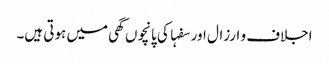
اجلاف و ارزال اور سفہا کی پانچوں گھی میں ہوتی ہیں۔